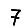
Digit: 7